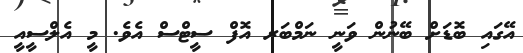
އޭގައި ބޮޑަށް ބޭނުން ވަނީ ނަމްބަރ އޮފް ސީޓްސް އެވެ. މީ އެލްސީއީ